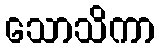
သောသိကာ